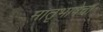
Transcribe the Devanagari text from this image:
मातृभाषेचा